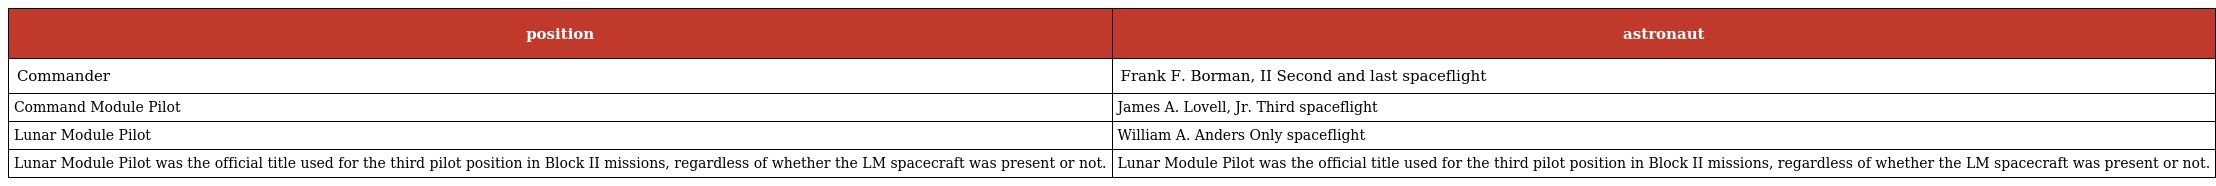
| position | astronaut |
 | --- | --- |
 | Commander | Frank F. Borman, II Second and last spaceflight |
 | Command Module Pilot | James A. Lovell, Jr. Third spaceflight |
 | Lunar Module Pilot | William A. Anders Only spaceflight |
 | Lunar Module Pilot was the official title used for the third pilot position in Block II missions, regardless of whether the LM spacecraft was present or not. | Lunar Module Pilot was the official title used for the third pilot position in Block II missions, regardless of whether the LM spacecraft was present or not. |